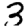
Digit: 3